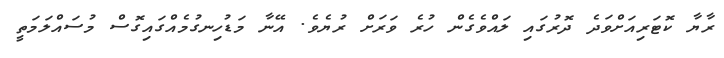
ރާޔާ ކޮޓަރިއަށްވަދެ ދޮރުގައި ލައްވެގެން ހުރެ ވަރަށް ރުޔެވެ. އޭނާ މަޑުހިނގުމެއްގައިގޮސް މުސައްލަމަތީ